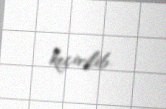
keçirilib.